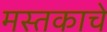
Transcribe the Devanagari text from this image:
मस्तकाचे